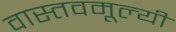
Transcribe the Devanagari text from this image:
वास्तवमूल्यी